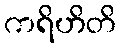
ကရိဟိတိ